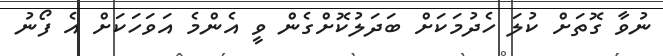
ނުވާ ގޮތަށް ކުލަ ހެދުމަކަށް ބަދަލުކޮށްގެން ވީ އެންމެ އަވަހަކަށް އެ ފޯނު